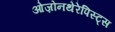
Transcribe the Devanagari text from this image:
ओज़ोनथेरेपिस्ट्स